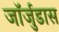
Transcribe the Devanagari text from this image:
जॉर्जुडास